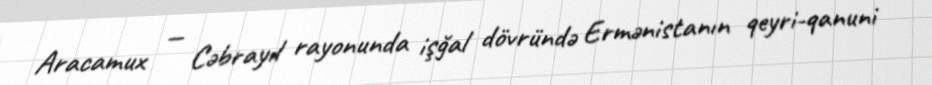
Aracamux — Cəbrayıl rayonunda işğal dövründə Ermənistanın qeyri-qanuni